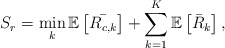
\begin{align*} S_r=\min_{k}\mathbb{E}\left[\bar{R_{c,k}}\right]+\sum_{k=1}^K \mathbb{E}\left[\bar{R}_k\right],\end{align*}